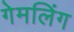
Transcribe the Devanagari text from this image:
गेमलिंग